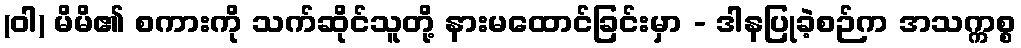
(ဝါ) မိမိ၏ စကားကို သက်ဆိုင်သူတို့ နားမထောင်ခြင်းမှာ - ဒါနပြုခဲ့စဉ်က အသက္ကစ္စ